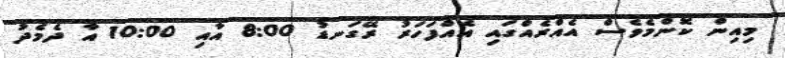
މިއިން ކޮންމެވެސް އެއްރެއްގައި އެއްފަހަރު ރޭގަނޑު 8:00 އާއި 10:00 އާ ދެމެދު